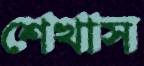
শেখাস